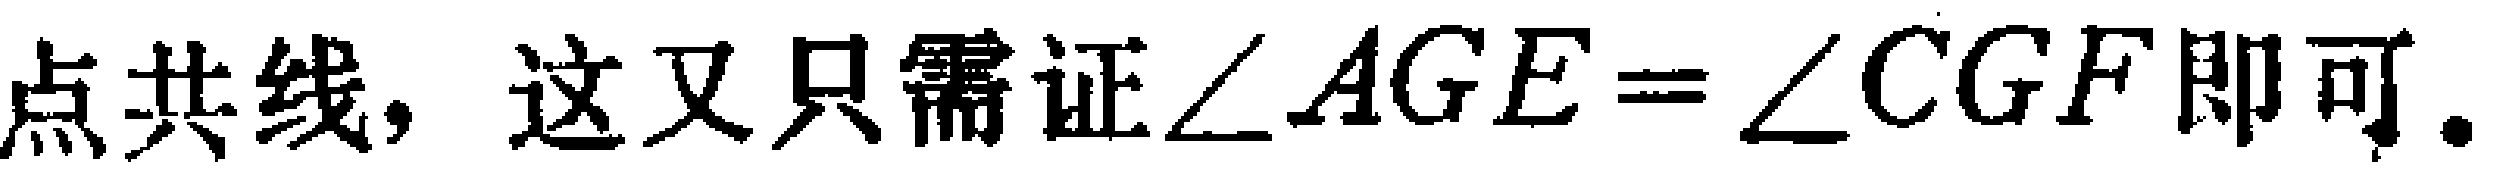
点共线，这又只需证\(\angle AGE = \angle CGF\)即可.